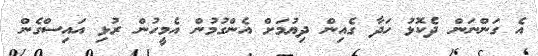
އެ ގަންނަން ދެކޮޅު ހަދާ ގެއިން ދިޔުމަށް އެންގުމުން އެމީހުން ރުޅި އައިސްގެން